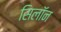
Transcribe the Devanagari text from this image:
सिलॉन